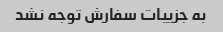
به جزییات سفارش توجه نشد